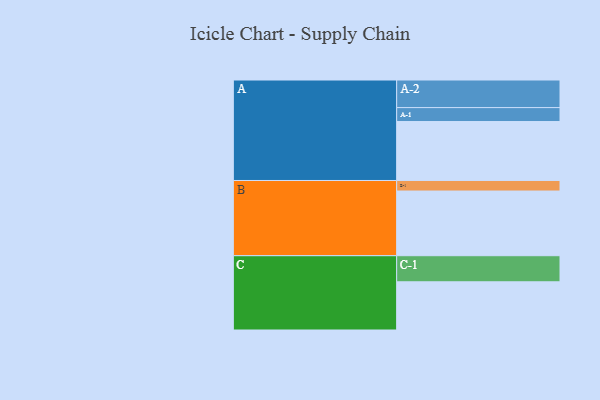
{"axis": {"x": "Segment", "y": "Value"}, "legend": ["", "A", "B", "C"], "data": [{"x": "A", "y": 504, "type": ""}, {"x": "B", "y": 553, "type": ""}, {"x": "C", "y": 412, "type": ""}, {"x": "A-1", "y": 119, "type": "A"}, {"x": "A-2", "y": 236, "type": "A"}, {"x": "B-1", "y": 90, "type": "B"}, {"x": "C-1", "y": 223, "type": "C"}]}